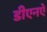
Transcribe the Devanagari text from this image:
डीएनऐ